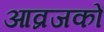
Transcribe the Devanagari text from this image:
आव्रजकों